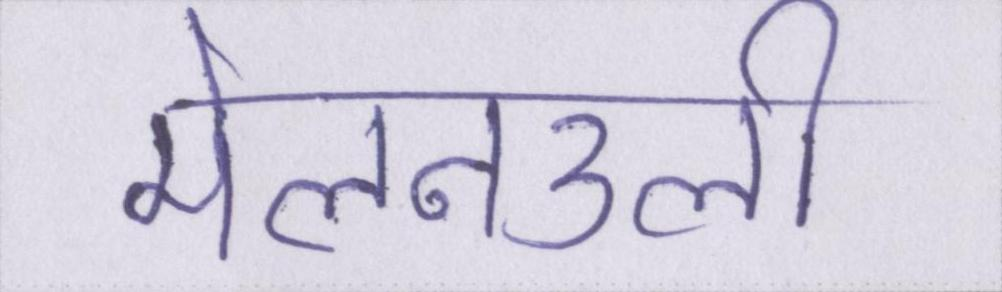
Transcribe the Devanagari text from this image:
मेलनउली